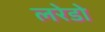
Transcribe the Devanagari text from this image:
लरेडो